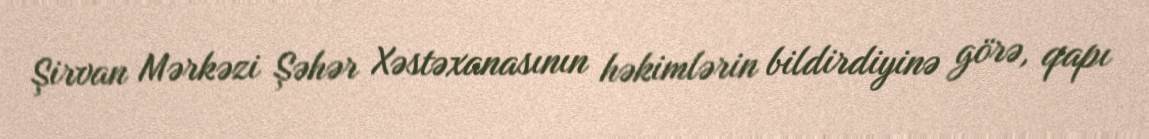
Şirvan Mərkəzi Şəhər Xəstəxanasının həkimlərin bildirdiyinə görə, qapı